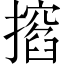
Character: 𢶺